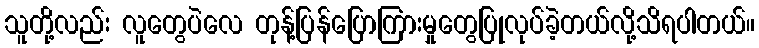
သူတို့လည်း လူတွေပဲလေ တုန့်ပြန်ပြောကြားမှုတွေပြုလုပ်ခဲ့တယ်လို့သိရပါတယ်။